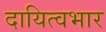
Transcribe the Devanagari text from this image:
दायित्वभार